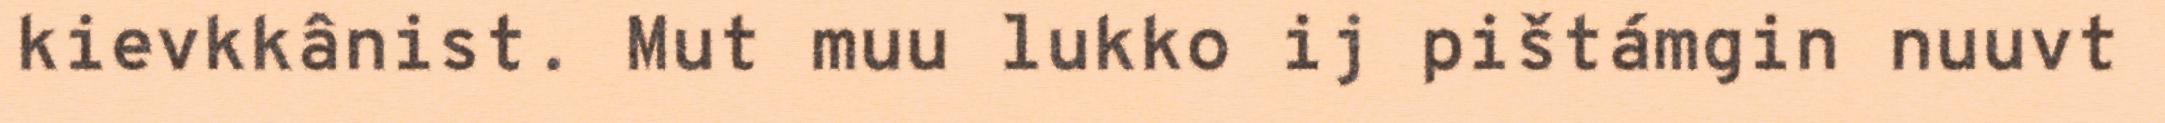
kievkkânist. Mut muu lukko ij pištámgin nuuvt